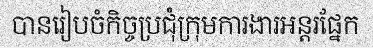
បានរៀបចំកិច្ចប្រជុំក្រុមការងារអន្តរផ្នែក